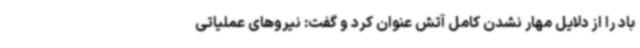
باد را از دلایل مهار نشدن کامل آتش عنوان کرد و گفت: نیروهای عملیاتی